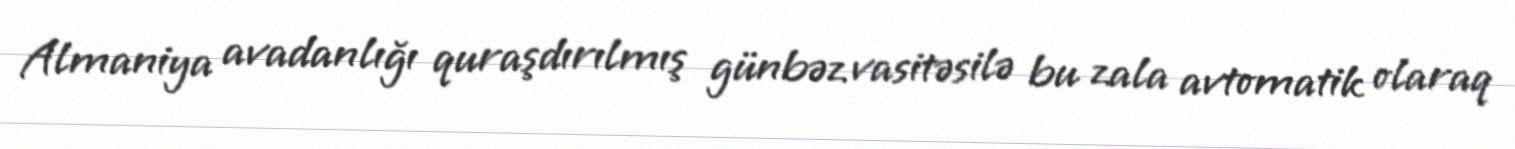
Almaniya avadanlığı quraşdırılmış günbəz vasitəsilə bu zala avtomatik olaraq